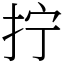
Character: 拧